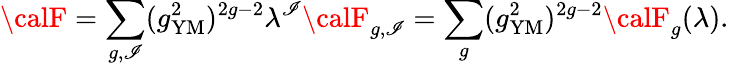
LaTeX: {\calF}=\sum_{g,\mathscr{I}}(g_{\mathrm{{YM}}}^{2})^{2g-2}\lambda^{\mathscr{I}}{\calF}_{g,\mathscr{I}}=\sum_{g}(g_{\mathrm{{YM}}}^{2})^{2g-2}{\calF}_{g}(\lambda).